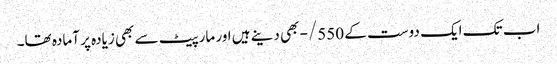
اب تک ایک دوست کے 550/- بھی دینے ہیں اور مارپیٹ سے بھی زیادہ پر آمادہ تھا۔